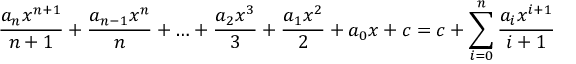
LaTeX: { \frac { a _ { n } x ^ { n + 1 } } { n + 1 } } + { \frac { a _ { n - 1 } x ^ { n } } { n } } + \ldots + { \frac { a _ { 2 } x ^ { 3 } } { 3 } } + { \frac { a _ { 1 } x ^ { 2 } } { 2 } } + a _ { 0 } x + c = c + \sum _ { i = 0 } ^ { n } { \frac { a _ { i } x ^ { i + 1 } } { i + 1 } }